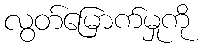
လွတ်မြောက်မှုကို